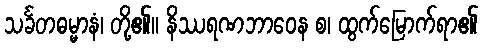
သင်္ခတဓမ္မာနံ၊ တို့၏။ နိဿရဏဘာဝေန စ၊ ထွက်မြောက်ရာ၏